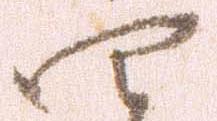
四